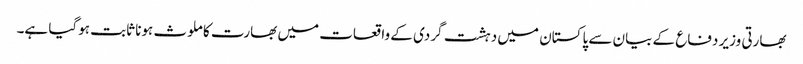
بھارتی وزیر دفاع کے بیان سے پاکستان میں دہشت گردی کے واقعات میں بھارت کا ملوث ہونا ثابت ہوگیا ہے۔